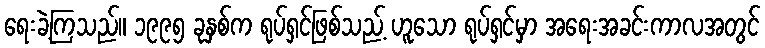
ရေးခဲ့ကြသည်။ ၁၉၉၅ ခုနှစ်က ရုပ်ရှင်ဖြစ်သည့် ဟူသော ရုပ်ရှင်မှာ အရေးအခင်းကာလအတွင်